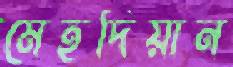
মেহদিয়ান